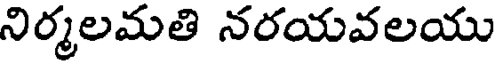
నిర్మలమతి నరయవలయు